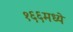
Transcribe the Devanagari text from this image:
१६६मध्ये